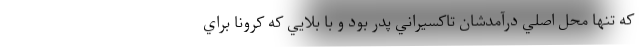
كه تنها محل اصلي درآمدشان تاكسيراني پدر بود و با بلايي كه كرونا براي